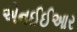
એનઈઈઆર